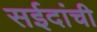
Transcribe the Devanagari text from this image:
सईदांची